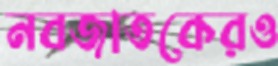
নবজাতকেরও